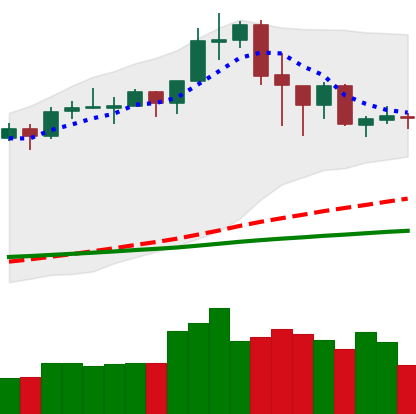
Ticker: ADA-USD
Chart end date: 2020-02-22
Forward return: -14.83%
Label: down_7plus